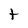
Character: t